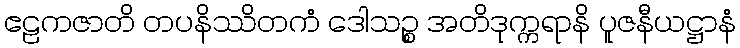
ဧဠကဇာတိ တပနိဿိတကံ ဒေါသဉ္စ အတိဒုက္ကရာနိ ပူဇနီယဋ္ဌာနံ